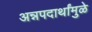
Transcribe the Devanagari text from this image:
अन्नपदार्थांमुळे